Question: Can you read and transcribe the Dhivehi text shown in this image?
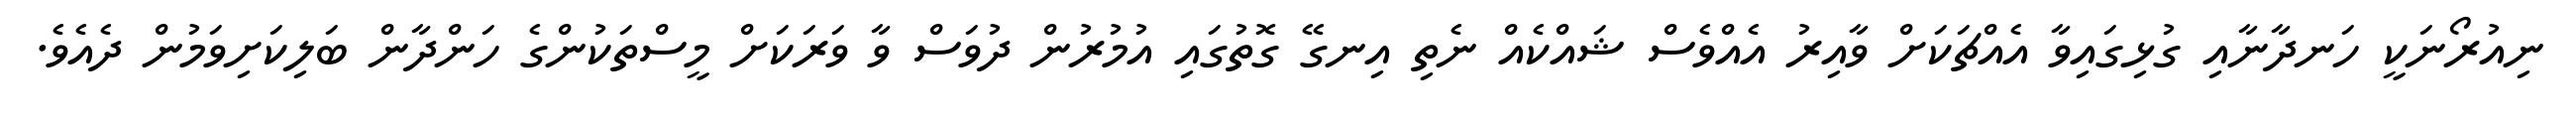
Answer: ނިއުރޯނަކީ ހަނދާނާއި ގުޅިގައިވާ އެއްޗަކަށް ވާއިރު އެއްވެސް ޝައްކެއް ނެތި އިނގޭ ގޮތުގައި އުމުރުން ދުވަސް ވާ ވަރަކަށް މީސްތަކުންގެ ހަންދާން ބަލިކަށިވަމުން ދެއެވެ.